Source: Handwritten
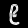
Digit: ၉ (9)